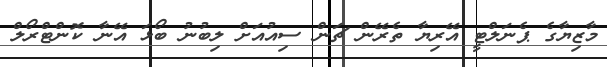
މާޒިޔާގެ ޕެނަލްޓީ އޭރިޔާ ތެރޭން ޗަން ސިއުއަށް ލިބުނު ބޯޅަ އޭނާ ކޮންޓްރޯލް